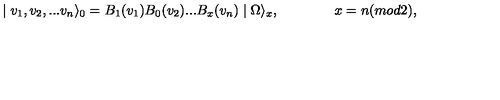
\mid v _ { 1 } , v _ { 2 } , . . . v _ { n } \rangle _ { 0 } = B _ { 1 } ( v _ { 1 } ) B _ { 0 } ( v _ { 2 } ) . . . B _ { x } ( v _ { n } ) \mid \Omega \rangle _ { x } , \qquad \qquad x = n ( m o d 2 ) ,